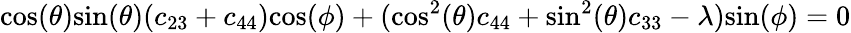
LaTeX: \textrm{cos}(\theta)\textrm{sin}(\theta)(c_{23}+c_{44})\textrm{cos}(\phi)+(\textrm{cos}^{2}(\theta)c_{44}+\textrm{sin}^{2}(\theta)c_{33}-\lambda)\textrm{sin}(\phi)=0